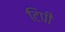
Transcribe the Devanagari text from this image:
टिपी